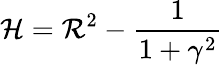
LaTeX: \mathcal H=\mathcal R^{2}-\frac{1}{1+\gamma^{2}}